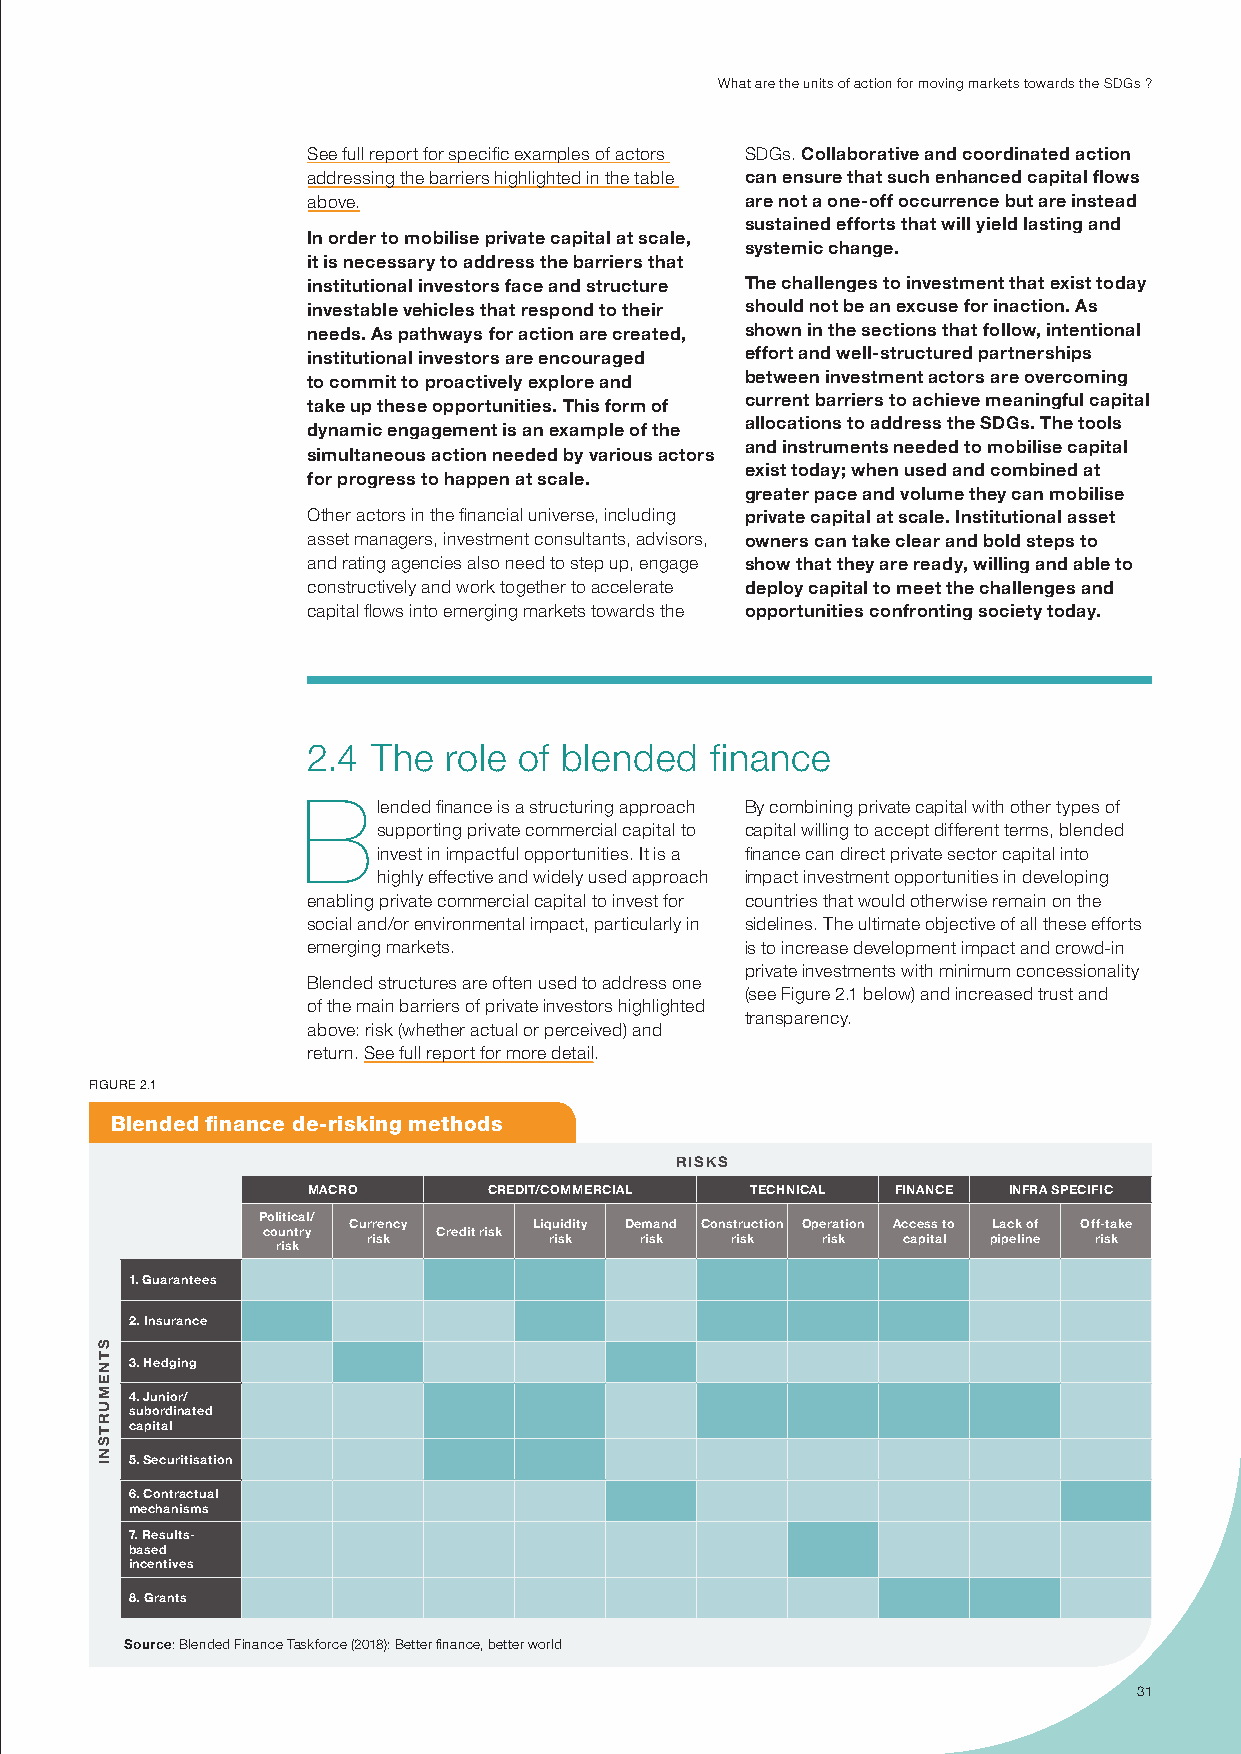
What are the units of action for moving markets towards the sdGs ?
 see full report for specific examples of actors sdGs. Collaborative and coordinated action
 addressing the barriers highlighted in the table can ensure that such enhanced capital flows
 above.                       are not a one-off occurrence but are instead
 sustained efforts that will yield lasting and
 In order to mobilise private capital at scale,
 systemic change.
 it is necessary to address the barriers that
 institutional investors face and structure The challenges to investment that exist today
 investable vehicles that respond to their should not be an excuse for inaction. As
 needs. As pathways for action are created, shown in the sections that follow, intentional
 institutional investors are encouraged effort and well-structured partnerships
 to commit to proactively explore and between investment actors are overcoming
 current barriers to achieve meaningful capital
 take up these opportunities. This form of
 allocations to address the SDGs. The tools
 dynamic engagement is an example of the
 and instruments needed to mobilise capital
 simultaneous action needed by various actors
 exist today; when used and combined at
 for progress to happen at scale.
 greater pace and volume they can mobilise
 other actors in the financial universe, including private capital at scale. Institutional asset
 asset managers, investment consultants, advisors, owners can take clear and bold steps to
 and rating agencies also need to step up, engage show that they are ready, willing and able to
 constructively and work together to accelerate deploy capital to meet the challenges and
 capital flows into emerging markets towards the opportunities confronting society today.
 2.4 the  role of blended   finance
 B
 lended finance is a structuring approach By combining private capital with other types of
 supporting private commercial capital to capital willing to accept different terms, blended
 invest in impactful opportunities. it is a finance can direct private sector capital into
 highly effective and widely used approach impact investment opportunities in developing
 enabling private commercial capital to invest for countries that would otherwise remain on the
 social and/or environmental impact, particularly in sidelines. the ultimate objective of all these efforts
 emerging markets.            is to increase development impact and crowd-in
 private investments with minimum concessionality
 Blended structures are often used to address one
 (see Figure 2.1 below) and increased trust and
 of the main barriers of private investors highlighted
 transparency.
 above: risk (whether actual or perceived) and
 return. see full report for more detail.
 Figure 2.1
 blended finance de-risking methods
 RISKS
 MACRO       CREDIT/COMMERCIAL TECHNICAL FINANCE INFRA SPECIFIC
 Political/
 Currency    Liquidity Demand Construction Operation Access to Lack of Off-take
 country     Credit risk
 risk        risk  risk  risk  risk  capital pipeline risk
 risk
 1. Guarantees
 2. Insurance
 3. Hedging
 4. Junior/
 subordinated
 capital
 5. Securitisation
 6. Contractual
 mechanisms
 7. Results-
 based
 incentives
 8. Grants
 Source: Blended Finance taskforce (2018): Better finance, better world
 31
 STNEMURTSNI